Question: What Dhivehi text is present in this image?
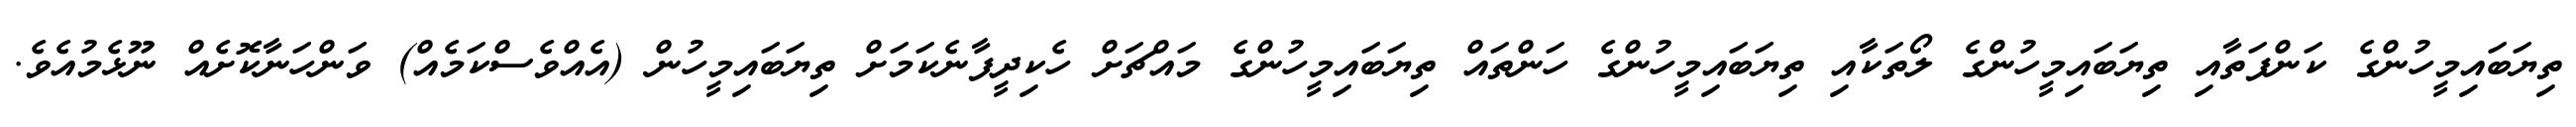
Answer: ތިޔަބައިމީހުންގެ ކަންފަތާއި ތިޔަބައިމީހުންގެ ލޯތަކާއި ތިޔަބައިމީހުންގެ ހަންތައް ތިޔަބައިމީހުންގެ މައްޗަށް ހެކިދީފާނެކަމަށް ތިޔަބައިމީހުން (އެއްވެސްކަމެއް) ވަންހަނާކޮށެއް ނޫޅެމުއެވެ.